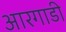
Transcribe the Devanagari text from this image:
आरगाडी